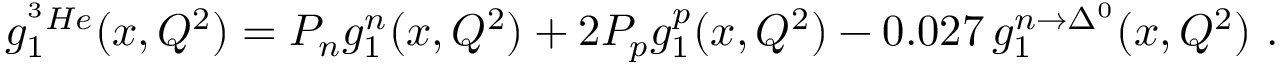
g _ { 1 } ^ { ^ 3 H e } ( x , Q ^ { 2 } ) = P _ { n } g _ { 1 } ^ { n } ( x , Q ^ { 2 } ) + 2 P _ { p } g _ { 1 } ^ { p } ( x , Q ^ { 2 } ) - 0 . 0 2 7 \, g _ { 1 } ^ { n \rightarrow \Delta ^ { 0 } } ( x , Q ^ { 2 } ) \ .